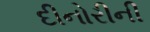
દીનોરીની